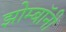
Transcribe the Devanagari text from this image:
झोम्बॉनी